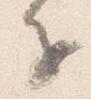
子